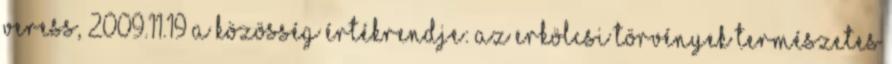
Veress, 2009.11.19 A KÖZÖSSÉG ÉRTÉKRENDJE: AZ ERKÖLCSI TÖRVÉNYEK Természetes